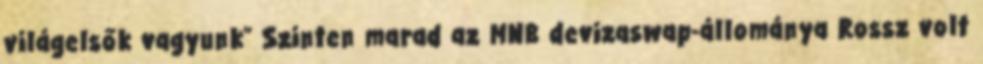
világelsők vagyunk" Szinten marad az MNB devizaswap-állománya Rossz volt